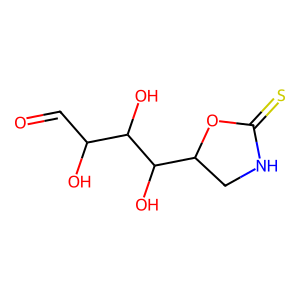
SMILES: O=CC(O)C(O)C(O)C1CNC(=S)O1
Inhibits HIV replication: No